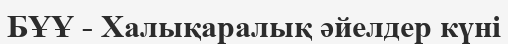
БҰҰ - Халықаралық әйелдер күні